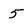
Character: 5